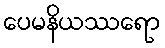
ပေမနိယဿရော